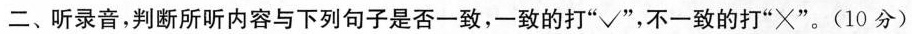
二、听录音,判断所听内容与下列句子是否一致,-致的打"√",不一致的打"×".(10分)